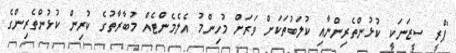
"ޕްރީ ސީޒަނަކީ ކުޅުންތެރިންނާއި ކުލަބުތަކަށް ވަރަށް މުހިންމު އެލެމެންޓެއް މުބާރާތުގެ ކުރިން ކުޅުންތެރިންގެ